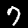
Digit: 7